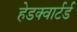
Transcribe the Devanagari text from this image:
हेडक्वार्टर्ड